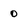
Character: o